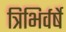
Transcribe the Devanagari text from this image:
त्रिभिर्वर्षे